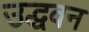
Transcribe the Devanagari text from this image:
उद्धवन